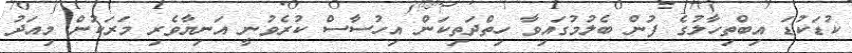
ކުޑަކުޑަ އިބްތިހާލުގެ ފުން ބެލުމުގައިވާ ހިތްދަތިކަން އިހުސާސް ކުރެވުނީ އަނިޔާވެރި މަރަކުން މިއަދު